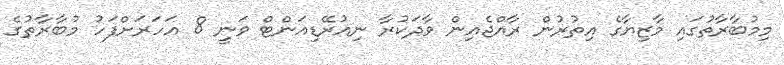
މިމުބާރާތުގައި މާޒިޔާގެ އިތުރުން ރާއްޖެއިން ވާދަކުރާ ނިއުރޭޑިއަންޓް ވަނީ 8 އަހަރަށްފަހު މުބާރާތުގެ